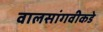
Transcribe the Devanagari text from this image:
वालसांगवीकडे